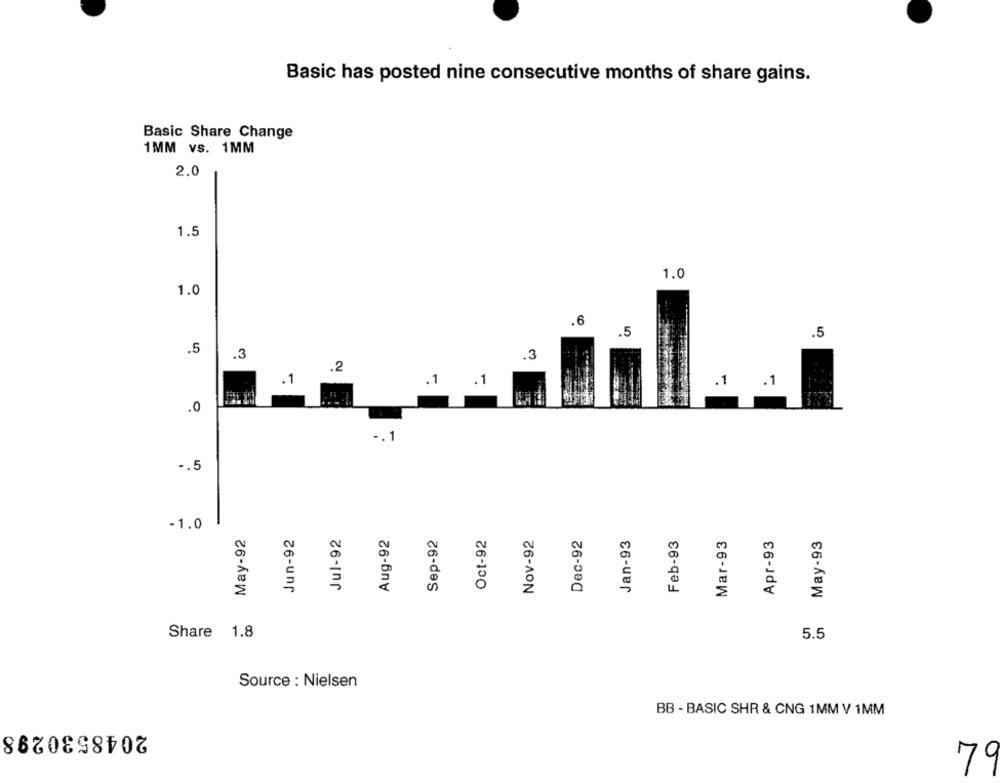
Basic has posted nine consecutive months of share gains.
Basic Share Change
1MM vs. 1MM
2.0
1.5
1.0
1.0
.6
.5
.5
.5
.3
.3
.2
-4
.1
1
1
.
1
.0
-. 1
-. 5
-1.0
May-92
Jun-92
Jul-92
Aug-92
Sep-92
Oct-92
Nov-92
Dec-92
Jan-93
Feb-93
Mar-93
Apr-93
May-93
Share 1.8
5.5
Source : Nielsen
BB - BASIC SHR & CNG 1MM V 1MM
2048530298
0
79